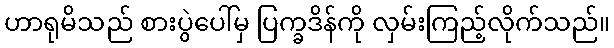
ဟာရုမိသည် စားပွဲပေါ်မှ ပြက္ခဒိန်ကို လှမ်းကြည့်လိုက်သည်။